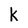
Character: k